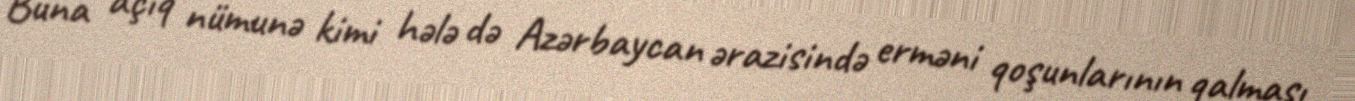
Buna açıq nümunə kimi hələ də Azərbaycan ərazisində erməni qoşunlarının qalması